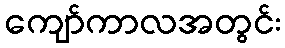
ကျော်ကာလအတွင်း